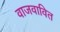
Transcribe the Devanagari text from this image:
वाजवावित